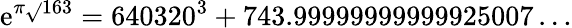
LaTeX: \mathrm{e}^{\pi{\sqrt{}{{163}}}}=640320^{3}+743.99999999999925007\dots